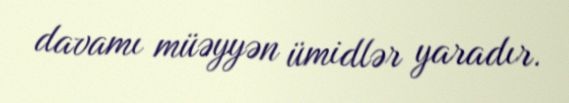
davamı müəyyən ümidlər yaradır.